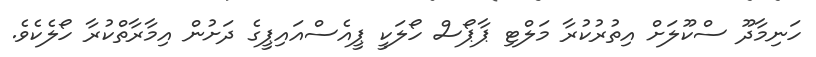
ހަނިމާދޫ ސްކޫލަށް އިތުރުކުރާ މަލްޓި ޕާޕޯސް ހޯލަކީ ޕީއެސްއައިޕީގެ ދަށުން އިމާރާތްކުރާ ހޯލެކެވެ.